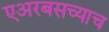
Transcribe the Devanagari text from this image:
एअरबसच्याच